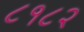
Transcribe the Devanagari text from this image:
८१८२